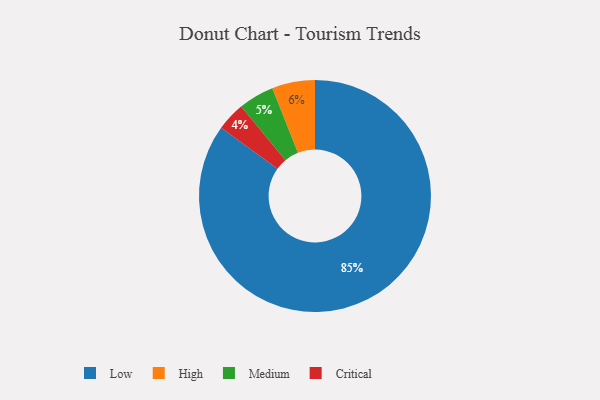
{"axis": {"x": "Category", "y": "Percentage"}, "legend": ["Critical", "High", "Low", "Medium"], "data": [{"x": "Critical", "y": 4, "type": "Critical"}, {"x": "Medium", "y": 5, "type": "Medium"}, {"x": "Low", "y": 85, "type": "Low"}, {"x": "High", "y": 6, "type": "High"}]}